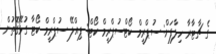
ގެ ޗާޓާރާ ހިލާފަށް: ސުޕްރީމް ކޯޓްސުޕްރީމް ކޯޓް: ޕިއްލޭ ސުޕްރީމް ކޯޓާ ގުޅޭގޮތުން